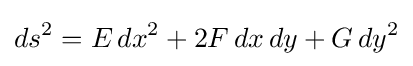
\displaystyle ds^{2}=E\,dx^{2}+2F\,dx\,dy+G\,dy^{2}